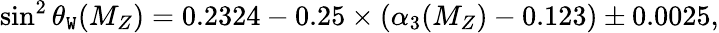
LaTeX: \sin^{2}\theta_{\mathtt{W}}(M_{Z})=0.2324-0.25\times(\alpha_{3}(M_{Z})-0.123)\pm0.0025,